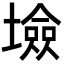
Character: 𡑯